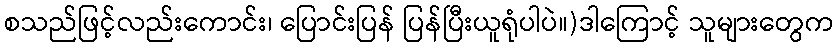
စသည်ဖြင့်လည်းကောင်း၊ ပြောင်းပြန် ပြန်ပြီးယူရုံပါပဲ။)ဒါကြောင့် သူများတွေက